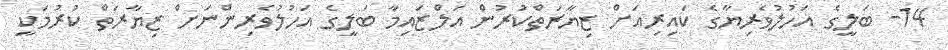
14- ބަލީގެ އަހުލުވެރިޔާގެ ކައިރިއަށް ޒިޔާރަތްކުރުން އަލްޒައިމާ ބަލީގެ އަހުލުވެރިންނަށް ޒިޔާރަތް ކުރުމަކީ